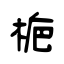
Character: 梔